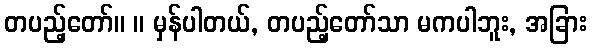
တပည့်တော်။ ။ မှန်ပါတယ်, တပည့်တော်သာ မကပါဘူး, အခြား